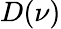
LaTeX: D(\nu)